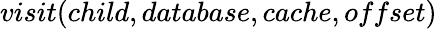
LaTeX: visit(child,database,cache,offset)